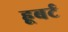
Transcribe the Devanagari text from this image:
हूबर्ट